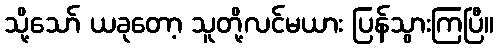
သို့သော် ယခုတော့ သူတို့လင်မယား ပြန်သွားကြပြီ။